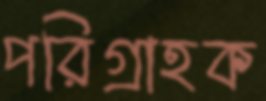
পরিগ্রাহক